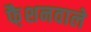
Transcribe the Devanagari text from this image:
फै़शनवाले